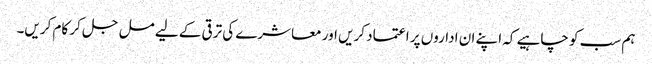
ہم سب کو چاہیے کہ اپنے ان اداروں پر اعتماد کریں اور معاشرے کی ترقی کے لیے مل جل کر کام کریں۔